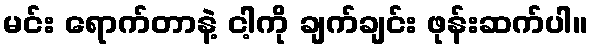
မင်း ရောက်တာနဲ့ ငါ့ကို ချက်ချင်း ဖုန်းဆက်ပါ။